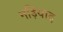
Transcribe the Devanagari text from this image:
नड़ियाद